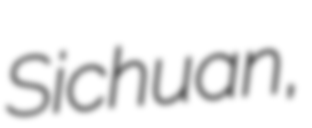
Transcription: Sichuan,